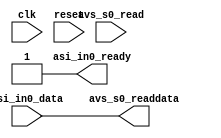
`timescale 1 ps / 1 ps
module chip_id_read_mm (
		// clocks and resets
		input  wire        clk,             // clock.clk
		input  wire        reset,           // reset.reset

		// Avalon MM slave
		input  wire        avs_s0_read,     //    s0.read
		output wire [63:0] avs_s0_readdata, //      .readdata

		// Avalon ST sink
		input  wire [63:0] asi_in0_data,    //   in0.data
		output wire        asi_in0_ready    //   in0.ready
	);

	assign avs_s0_readdata = asi_in0_data;
	assign asi_in0_ready = 1'b1;

endmodule